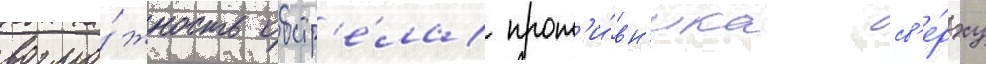
возмо́жность обстр'е́ла прот'и́вн'ика св'е́рху